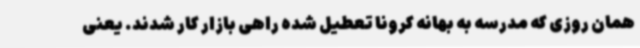
همان روزی که مدرسه به بهانه کرونا تعطیل شده راهی بازار کار شدند. یعنی